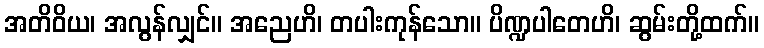
အတိဝိယ၊ အလွန်လျှင်။ အညေဟိ၊ တပါးကုန်သော။ ပိဏ္ဍပါတေဟိ၊ ဆွမ်းတို့ထက်။